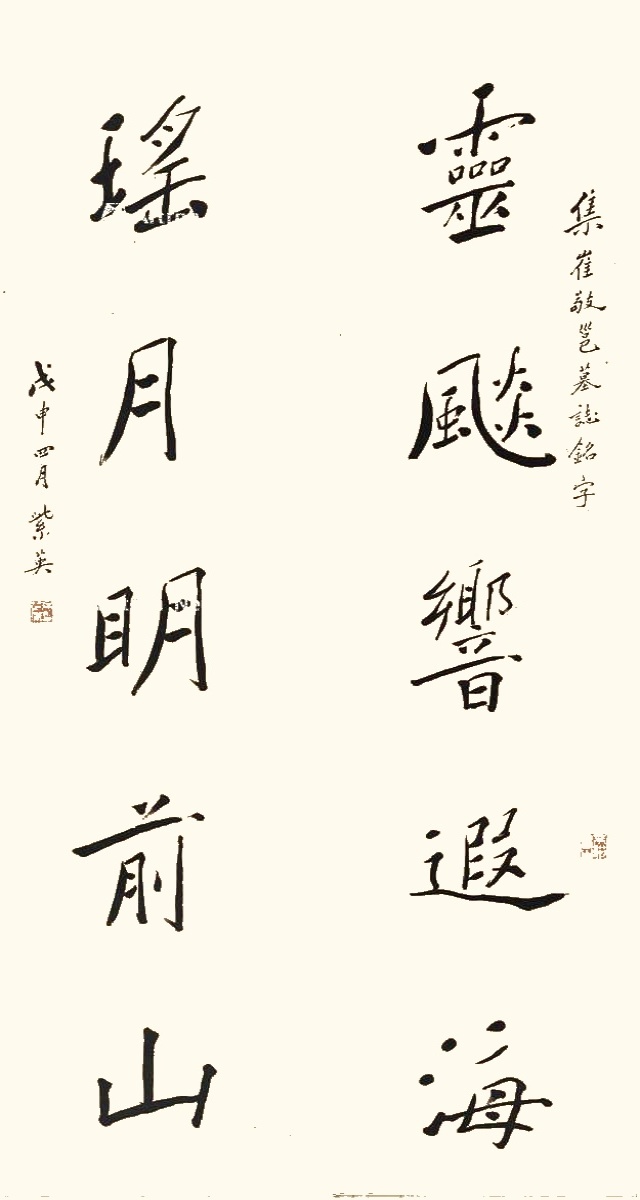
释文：灵飙响遐海，瑶月明前山。集崔敬邕墓志铭字。戊申四月，紫英。